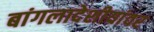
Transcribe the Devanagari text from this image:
बांगलादेशीयांवर